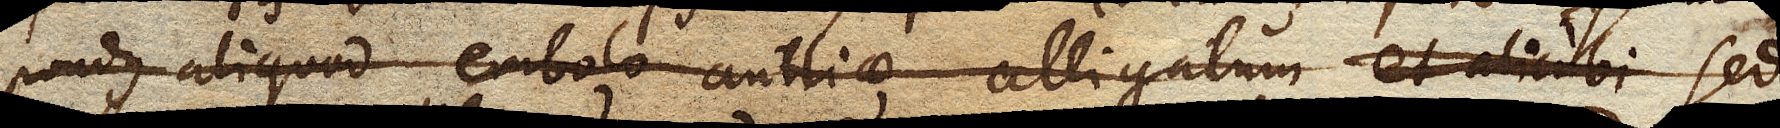
pondus aliquod embolo antliae alligatum et alicubi sed